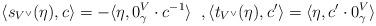
LaTeX: \begin{align*}\langle s_{V^\vee}(\eta),c\rangle = -\langle \eta, 0_\gamma^V\cdot c^{-1} \rangle\;\;,\langle t_{V^\vee}(\eta),c'\rangle = \langle \eta, c'\cdot 0_\gamma^V \rangle\;\end{align*}